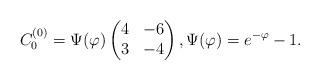
LaTeX: \begin{align*}{ C_{0}^{(0)}} =\Psi(\varphi)\begin{pmatrix}4 & -6 \cr3 & -4\end{pmatrix},\Psi(\varphi)= e^{- \varphi} - 1.\end{align*}